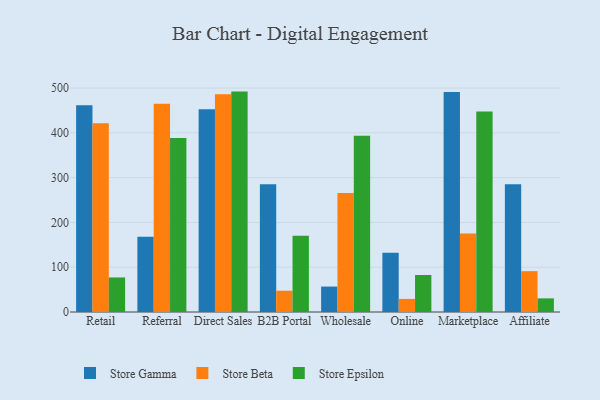
{"axis": {"x": "Channel", "y": "Demand Index"}, "legend": ["Store Beta", "Store Epsilon", "Store Gamma"], "data": [{"x": "Retail", "y": 461.8, "type": "Store Gamma"}, {"x": "Retail", "y": 421.1, "type": "Store Beta"}, {"x": "Retail", "y": 77.1, "type": "Store Epsilon"}, {"x": "Referral", "y": 168.0, "type": "Store Gamma"}, {"x": "Referral", "y": 464.7, "type": "Store Beta"}, {"x": "Referral", "y": 388.2, "type": "Store Epsilon"}, {"x": "Direct Sales", "y": 452.4, "type": "Store Gamma"}, {"x": "Direct Sales", "y": 485.9, "type": "Store Beta"}, {"x": "Direct Sales", "y": 492.0, "type": "Store Epsilon"}, {"x": "B2B Portal", "y": 285.3, "type": "Store Gamma"}, {"x": "B2B Portal", "y": 47.5, "type": "Store Beta"}, {"x": "B2B Portal", "y": 170.4, "type": "Store Epsilon"}, {"x": "Wholesale", "y": 56.8, "type": "Store Gamma"}, {"x": "Wholesale", "y": 265.4, "type": "Store Beta"}, {"x": "Wholesale", "y": 393.7, "type": "Store Epsilon"}, {"x": "Online", "y": 132.0, "type": "Store Gamma"}, {"x": "Online", "y": 29.2, "type": "Store Beta"}, {"x": "Online", "y": 82.6, "type": "Store Epsilon"}, {"x": "Marketplace", "y": 490.9, "type": "Store Gamma"}, {"x": "Marketplace", "y": 175.2, "type": "Store Beta"}, {"x": "Marketplace", "y": 447.6, "type": "Store Epsilon"}, {"x": "Affiliate", "y": 285.2, "type": "Store Gamma"}, {"x": "Affiliate", "y": 91.2, "type": "Store Beta"}, {"x": "Affiliate", "y": 30.4, "type": "Store Epsilon"}]}